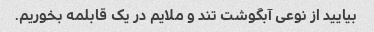
بیایید از نوعی آبگوشت تند و ملایم در یک قابلمه بخوریم.